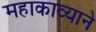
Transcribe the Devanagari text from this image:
महाकाव्याने